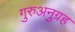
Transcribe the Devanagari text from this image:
गुरुअनुग्रह